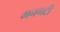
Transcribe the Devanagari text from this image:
मनगटी